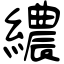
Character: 繷